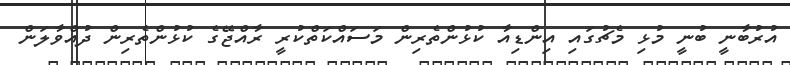
އުރުބާނީ ބުނީ މުޅި މެޗުގައި އިންޑިއާ ކުޅުންތެރިން މަސައްކަތްކުރީ ރާއްޖޭގެ ކުޅުންތެރިން ދުއްވާލަން